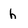
Character: h